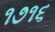
૧૭૧૬